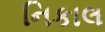
નિકાલ